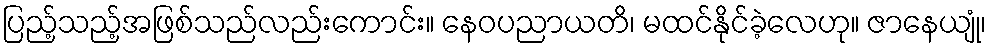
ပြည့်သည့်အဖြစ်သည်လည်းကောင်း။ နေဝပညာယတိ၊ မထင်နိုင်ခဲ့လေဟု။ ဇာနေယျုံ၊